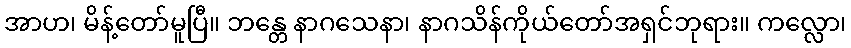
အာဟ၊ မိန့်တော်မူပြီ။ ဘန္တေ နာဂသေနာ၊ နာဂသိန်ကိုယ်တော်အရှင်ဘုရား။ ကလ္လော၊